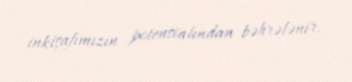
inkişafımızın potensialından bəhrələnir.